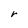
Character: r